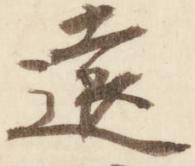
遠